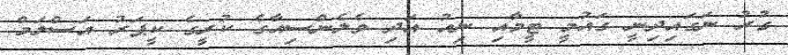
ގުރު ނަގައިދިނީ ގައުމީ ޓީމާއި ނިއު އަދި ވެލެންސިއާގެ ކުރީގެ ކީޕަރު އަސްލަމް